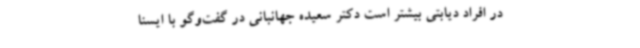
در افراد دیابتی بیشتر است دکتر سعیده جهانبانی در گفت‌وگو با ایسنا